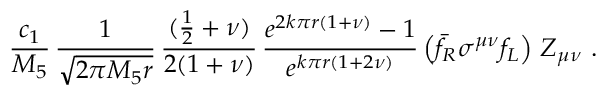
\frac { c _ { 1 } } { M _ { 5 } } \, \frac { 1 } { \sqrt { 2 \pi M _ { 5 } r } } \, \frac { ( \frac { 1 } { 2 } + \nu ) } { 2 ( 1 + \nu ) } \, \frac { e ^ { 2 k \pi r ( 1 + \nu ) } - 1 } { e ^ { k \pi r ( 1 + 2 \nu ) } } \left( \bar { f } _ { R } \sigma ^ { \mu \nu } f _ { L } \right) \, Z _ { \mu \nu } ~ .